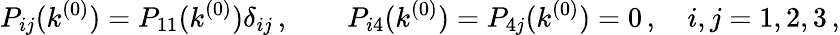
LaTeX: P_{ij}(k^{(0)})=P_{11}(k^{(0)})\delta_{ij}\, ,\qquad P_{i4}(k^{(0)})=P_{4j}(k^{(0)})=0\, ,\quad i,j=1,2,3\, ,